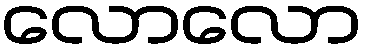
လောလော